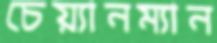
চেয়্যানম্যান